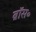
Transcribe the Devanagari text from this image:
ब्रॉस॰